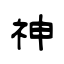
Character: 神